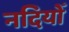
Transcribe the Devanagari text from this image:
नदियोँ